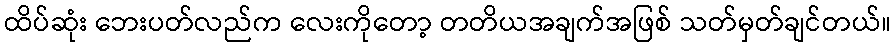
ထိပ်ဆုံး ဘေးပတ်လည်က လေးကိုတော့ တတိယအချက်အဖြစ် သတ်မှတ်ချင်တယ်။